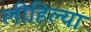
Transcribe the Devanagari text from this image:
लीहिल्या